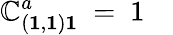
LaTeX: \mathbb{C}_{({\mathbf{1}},{\mathbf{1}}){\mathbf{1}}}^{a}\ =\ 1\quad